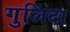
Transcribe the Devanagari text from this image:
गुलिंदा